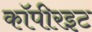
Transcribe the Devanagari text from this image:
कॉपीरइट